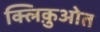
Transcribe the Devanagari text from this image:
क्लिक़ुओत